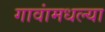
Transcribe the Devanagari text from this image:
गावांमधल्या